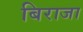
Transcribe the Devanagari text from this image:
बिराजा